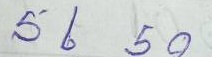
56 - 50